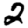
Digit: 2